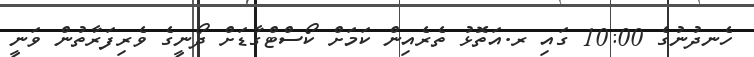
ހެނދުނުގެ 10:00 ގައި ރ.އަތޮޅު ތެރެއިން ކަމަށް ކޯސްޓްގާޑަށް ދޯނީގެ ވެރިފަރާތުން ވަނީ